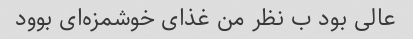
عالی بود ب نظر من غذای خوشمزه‌ای بوود